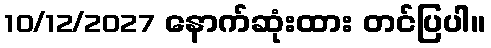
10/12/2027 နောက်ဆုံးထား တင်ပြပါ။